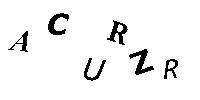
ACURZR